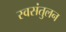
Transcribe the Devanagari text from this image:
स्वसंतुलन